Sanitation, dispensaries and jails vaccination Rajputana 1922-1927 - 1922-1927
Year: 1922
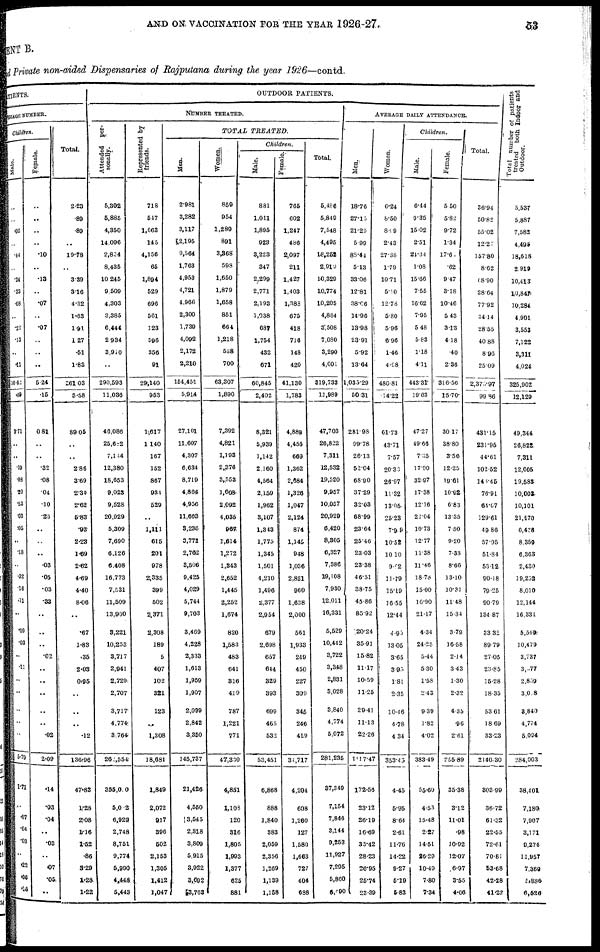
AND ON VACCINATION FOR THE YEAR 1926-27.
53
MENT B.
and Private non-aided Dispensaries of Rajputana during the year 1926—contd.
PATIENTS.
AVERAGE
NUMBER.
Children.
Male.
..
..
.02
..
.44
..
.24
.33
.08
..
.22
.13
..
.11
10.62
.09
3.71
..
. .
.19
.08
.20
.53
.03
.05
..
.18
..
.32
.16
.11
..
.09
.03
..
.11
..
..
..
..
..
5.79
1.71
..
.07
.04
.03
..
.22
.08
.15
Female.
..
..
..
..
.10
..
.13
..
.07
..
.07
..
..
..
5.24
.15
0.81
..
..
.32
.08
.04
.10
.23
..
..
..
.03
.05
.03
.33
..
..
..
.02
..
..
..
..
..
.02
2.09
.14
.03
.04
..
.03
..
.07
.05
..
Total.
2.23
.89
.89
..
19.78
..
3.39
3.16
4.32
1.63
1.91
1.27
.51
1.83
261.03
5.58
89.05
..
..
2.86
3.89
2.34
2.62
5.83
.93
2.23
1.69
2.62
4.69
4.40
8.06
..
.67
1.83
.35
2.03
0.95
..
..
..
.12
136.96
47.83
1.28
2.08
1.16
1.52
.86
3.29
1.28
1.22
OUTDOOR PATIENTS.
NUMBER TREATED.
Attended per-
sonally.
5,302
5,885
4,350
14,096
2,854
8,435
10,245
9,509
4,303
3,385
6,444
2,934
3,910
..
290,593
11,036
46,086
25,682
7,144
12,380
18,653
9,023
9,528
20,929
5,309
7,690
6,126
6,408
16,773
7,531
11,509
13,960
3,221
10,253
3,717
2,941
2,729
2,707
3,717
4,774
3,764
262,554
355,000
5,052
6,929
2,748
8,751
9,774
5,990
4,448
5,443
Represented by
friends.
718
547
1,663
145
4,156
65
1,894
529
696
561
123
596
356
91
29,140
953
1,617
1,140
167
152
867
934
529
..
1,111
615
201
978
2,335
399
502
2,371
2,308
189
5
407
102
321
123
..
1,308
18,681
1,849
2,072
917
396
602
2,153
1,306
1,412
1,047
TOTAL
TREATED.
Men.
2,981
3,282
3,117
2,196
9,564
1,763
4,953
4,721
4,966
2,300
1,739
4,092
2,172
2,210
154,451
5,914
27,101
11,607
4,307
6,634
8,719
4,864
4,956
11,663
3,236
3,771
2,762
3,506
9,425
4,029
5,744
9,703
3,469
4,228
2,333
1,613
1,959
1,907
2,099
2,842
3,350
145,737
21,426
4,550
3,545
2,318
3,809
5,915
3,922
3,692
3,763
Women.
859
954
1,289
891
3,368
598
1,650
1,879
1,658
851
664
1,218
538
700
63,307
1,890
7,392
4,821
1,198
2,376
3,553
1,608
2,092
4,036
967
1,614
1,272
1,843
2,652
1,445
2,252
1,674
820
1,583
483
641
316
419
787
1,221
771
47,330
4,851
1,103
120
316
1,805
1,993
1,377
625
881
Children.
Male.
881
1,011
1,895
923
3,223
347
2,299
2,771
2,193
1,038
687
1,754
432
671
60,845
2,402
8,321
5,939
1,142
2,160
4,564
2,159
1,962
3,107
1,343
1,775
1,345
1,501
4,210
1,496
2,377
2,954
679
2,698
657
644
329
393
699
465
532
53,451
6,868
888
1,840
383
2,059
2,356
1,209
1,139
1,158
Female.
765
602
1,247
486
2,097
211
1,427
1,403
1,383
675
418
716
148
420
41,130
1,783
4,889
4,455
669
1,362
2,684
1,326
1,047
2,124
874
1,145
948
1,036
2,821
960
1,638
2,000
561
1,933
249
450
227
309
345
246
419
34,717
4,204
608
1,260
127
1,580
1,663
727
404
688
Total.
5,486
5,849
7,548
4,495
18,252
2,919
10,329
10,774
10,205
4,864
3, 508
7,080
3,290
4,001
319,733
11,989
47,703
26,822
7,311
12,532
19,520
9,957
10,057
20,929
6,420
8,305
6,327
7,386
19,108
7,930
12,011
16,331
5,529
10,442
3,722
3,348
2,831
3,028
3,840
4,774
5,072
281,235
37,349
7,154
7,846
3,144
9,253
11,927
7,295
5,860
6,490
AVERAGE DAILY ATTENDANCE.
Men.
18.76
27.13
21.29
5.99
88.44
5.13
33.06
12.81
38.06
14.96
13.98
23.91
5.92
13.64
1,035.29
50.31
281.98
99.78
26.13
52.04
68.90
37.29
32.03
68.99
23.64
25.46
23.03
23.38
46.51
38.75
45.86
85.92
20.24
35.91
15.82
11.17
10.59
11.25
29.41
11.13
22.26
1117.47
172.56
23.12
26.19
16.69
35.42
28.23
26.95
25.74
23.39
Women.
6.24
8.50
8.99
2.43
27.38
1.79
10.71
5.10
12.78
5.80
5.96
6.96
1.46
4.98
480.81
214.22
61.73
43.71
7.57
20.33
26.97
11.32
13.05
25.23
7.99
10.52
10.10
9.02
11.79
15.19
16.55
12.44
4.95
13.05
3.65
3.95
1.81
2.35
10.46
4.78
4.34
353.45
4.45
5.95
8.64
2.61
11.76
14.22
9.27
6.19
5.83
Children.
Male.
6.44
9.35
15.02
2.51
24.34
1.08
15.66
7.55
16.62
7.95
5.48
5.83
1.18
4.11
443.31
19.03
47.27
49.66
7.35
17.90
32.97
17.38
12.16
22.04
10.73
12.77
11.38
11.46
18.76
15.00
16.90
21.17
4.34
24.25
5.44
5.30
1.58
2.43
9.39
1.82
4.02
383.49
55.60
4.53
15.48
2.27
14.51
26.29
10.49
7.80
7.34
female.
5.50
5.82
9.72
1.34
17.67
.62
9.47
3.18
10.46
5.43
3.13
4.18
.40
2.36
316.56
15.708
30.17
38.80
3.56
12.25
19.61
10.92
6.83
13.35
7.50
9.20
7.33
8.66
13.10
10.31
11.48
15.34
3.79
16.58
2.14
3.43
1.30
2.32
4.35
.96
2.61
255.89
35.38
3.12
11.01
.98
10.92
12.07
6.97
3.55
4.66
Total.
36.94
50.82
55.02
12.27
157.80
8.62
68.90
28.64
77.92
34.14
28.55
40.88
8.96
25.09
2,375.97
99.86
431.15
231.95
44.61
102.52
143.45
76.91
64.07
129.61
49.86
57.95
51.84
53.12
90.18
79.25
90.79
134.87
33.32
89.79
27.05
23.85
15.28
18.35
53.61
18.69
33.23
2140.30
803.99
36.72
61.32
22.55
72.61
70.81
53.68
42.28
41.22
Total number of patients
treated both Indoor and
Outdoor.
5,537
5,887
7,582
4,495
18,618
2,919
10,413
10,847
10,284
4,901
3,553
7,122
3,311
4,024
325,902
12,129
49,344
26,822
7,311
12,605
19,583
10,002
10,101
21,170
6,428
8,359
6,363
2,430
19,232
8,010
12,144
16,331
5,349
10,479
3,737
3,377
2,859
3,018
3,840
4,774
5,094
284,003
8,401
7,180
7,907
3,171
9,274
11,957
7,369
5,886
6,526